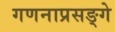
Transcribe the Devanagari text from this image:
गणनाप्रसङ्गे